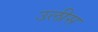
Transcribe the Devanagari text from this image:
उलीस